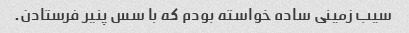
سیب زمینی ساده خواسته بودم که با سس پنیر فرستادن.